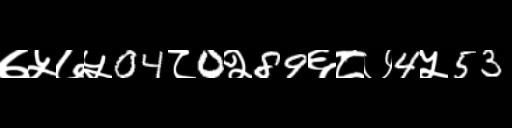
Text: ७५७५04८0२89६८७4५53